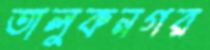
তালুকনগর